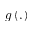
g \left( . \right)